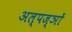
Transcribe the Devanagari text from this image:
अल्पज्ञों